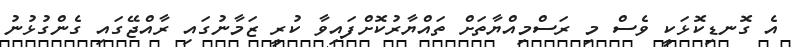
އެ ގޮނޑިކޮޅަކީ ވެސް މި ރަސްމިއްޔާތަށް ތައްޔާރުކޮށްފައިވާ ކުރީ ޒަމާނުގައި ރާއްޖޭގައި ގެންގުޅުނު